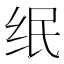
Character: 𱺘